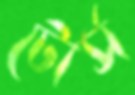
টোর্স